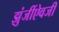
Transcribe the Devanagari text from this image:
झुंजींऐवजी